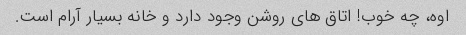
اوه، چه خوب! اتاق های روشن وجود دارد و خانه بسیار آرام است.